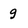
Character: g